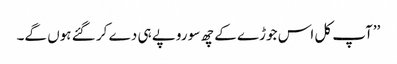
’’آپ کل اس جوڑے کے چھ سو روپے ہی دے کر گئے ہوں گے۔